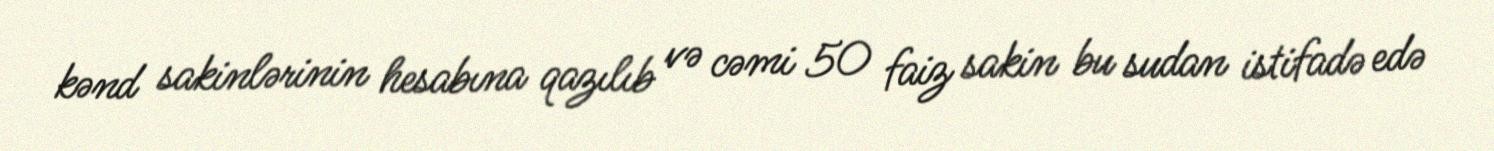
kənd sakinlərinin hesabına qazılıb və cəmi 50 faiz sakin bu sudan istifadə edə